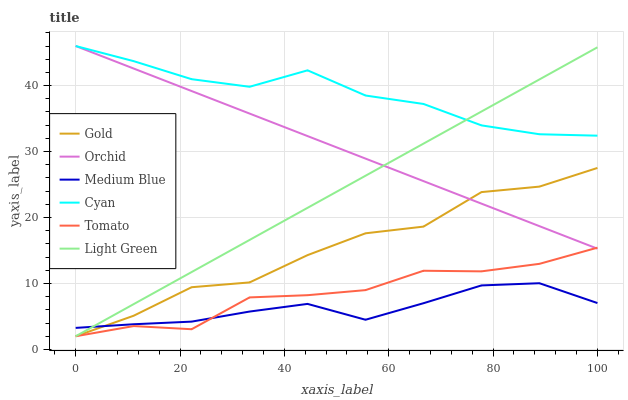
| xaxis_label | Gold | Orchid | Medium Blue | Cyan | Tomato | Light Green |
 | --- | --- | --- | --- | --- | --- | --- |
 | 0 | 2 | 46 | 3.27 | 46 | 2 | 2 |
 | 11.1 | 5.11 | 42.6 | 3.82 | 43.7 | 3.54 | 6.87 |
 | 22.2 | 9.43 | 39.2 | 4.22 | 41 | 3.06 | 11.7 |
 | 33.3 | 10.2 | 35.8 | 5.74 | 39.8 | 7.89 | 16.6 |
 | 44.4 | 14.3 | 32.3 | 6.9 | 42.3 | 8.22 | 21.5 |
 | 55.6 | 17.6 | 28.9 | 4.5 | 38.5 | 8.99 | 26.3 |
 | 66.7 | 18.6 | 25.5 | 7.01 | 37.2 | 11.9 | 31.2 |
 | 77.8 | 23.9 | 22.1 | 9.71 | 34 | 11.8 | 36.1 |
 | 88.9 | 24.7 | 18.7 | 10 | 32.6 | 13 | 40.9 |
 | 100 | 27.5 | 15.3 | 7.03 | 32.4 | 15.4 | 45.8 |